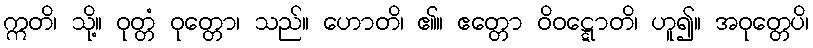
ဣတိ၊ သို့။ ဝုတ္တံ ဝုတ္တော၊ သည်။ ဟောတိ၊ ၏။ ဧတ္တော ဝိဝဋ္ဋောတိ၊ ဟူ၍။ အဝုတ္တေပိ၊